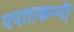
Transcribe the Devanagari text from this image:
पपताकम्मी